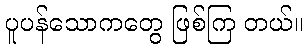
ပူပန်သောကတွေ ဖြစ်ကြ တယ်။